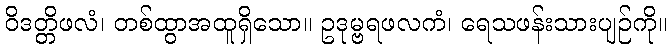
ဝိဒတ္တိဖလံ၊ တစ်ထွာအထူရှိသော။ ဥဒုမ္ဗရဖလကံ၊ ရေသဖန်းသားပျဉ်ကို။